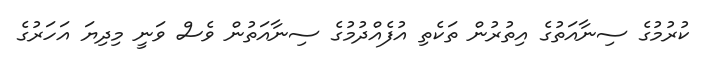
ކުރުމުގެ ސިނާއަތުގެ އިތުރުން ތަކެތި އުފެއްދުމުގެ ސިނާއަތުން ވެސް ވަނީ މިދިޔަ އަހަރުގެ